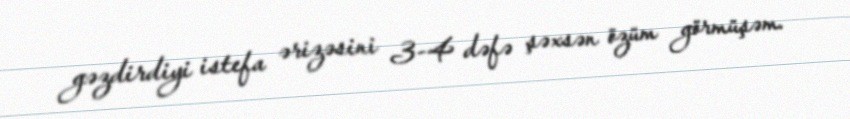
gəzdirdiyi istefa ərizəsini 3-4 dəfə şəxsən özüm görmüşəm.